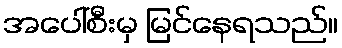
အပေါ်စီးမှ မြင်နေရသည်။